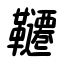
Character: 韆